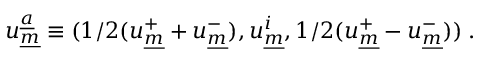
u _ { \underline { { { m } } } } ^ { \underline { { { a } } } } \equiv ( 1 / 2 ( u _ { \underline { { { m } } } } ^ { + } + u _ { \underline { { { m } } } } ^ { - } ) , u _ { \underline { { { m } } } } ^ { i } , 1 / 2 ( u _ { \underline { { { m } } } } ^ { + } - u _ { \underline { { { m } } } } ^ { - } ) ) \; .